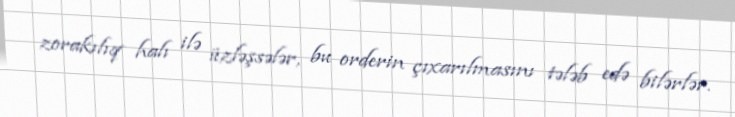
zorakılıq halı ilə üzləşsələr, bu orderin çıxarılmasını tələb edə bilərlər.